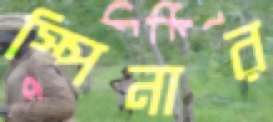
স্পিনার